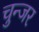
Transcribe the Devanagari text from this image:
चुन्जर